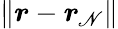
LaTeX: \lVert\boldsymbol{r}-\boldsymbol{r}_{\! \; \! \mathscr{N}}\rVert